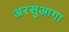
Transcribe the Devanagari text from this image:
अरसुआगा